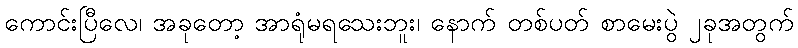
ကောင်းပြီလေ၊ အခုတော့ အာရုံမရသေးဘူး၊ နောက် တစ်ပတ် စာမေးပွဲ ၂ခုအတွက်